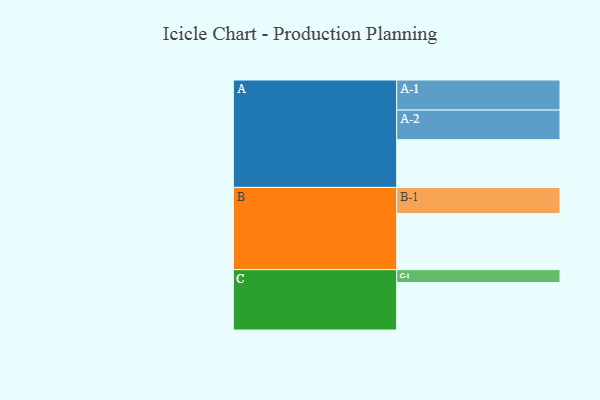
{"axis": {"x": "Segment", "y": "Value"}, "legend": ["", "A", "B", "C"], "data": [{"x": "A", "y": 441, "type": ""}, {"x": "B", "y": 518, "type": ""}, {"x": "C", "y": 438, "type": ""}, {"x": "A-1", "y": 278, "type": "A"}, {"x": "A-2", "y": 274, "type": "A"}, {"x": "B-1", "y": 242, "type": "B"}, {"x": "C-1", "y": 120, "type": "C"}]}